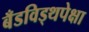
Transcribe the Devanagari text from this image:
बँडविड्थपेक्षा